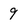
Character: 9